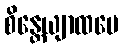
စိန္တေယျာထပေ